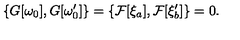
\{ G [ \omega _ { 0 } ] , G [ \omega _ { 0 } ^ { \prime } ] \} = \{ { \cal F } [ \xi _ { a } ] , { \cal F } [ \xi _ { b } ^ { \prime } ] \} = 0 .